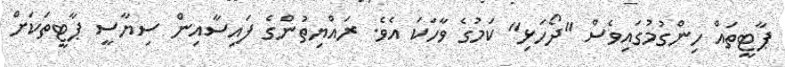
ޕާޓީތައް ހިންގުމުގައިވެސް "ދޯހަޅި" ކަމުގެ ވާހަކަ އެވެ. ރައްޔިތުންގެ ފައިސާއިން ސިޔާސީ ޕާޓީތަކަށް